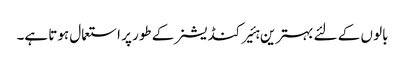
بالو ں کے لئے بہترین ہئیر کنڈیشنر کے طور پر استعمال ہوتا ہے۔